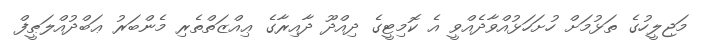
މަޖިލީހުގެ ތަޅުމަށް ހުށަހަޅުއްވާދެއްވީ އެ ކޮމިޓީގެ ދިއްދޫ ދާއިރާގެ ޢިއްޒަތްތެރި މެންބަރު ޢަބްދުއްލަޠީފް